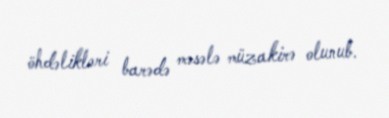
öhdəlikləri barədə məsələ müzakirə olunub.